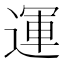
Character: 運